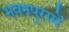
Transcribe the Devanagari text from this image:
भवनपुरामें